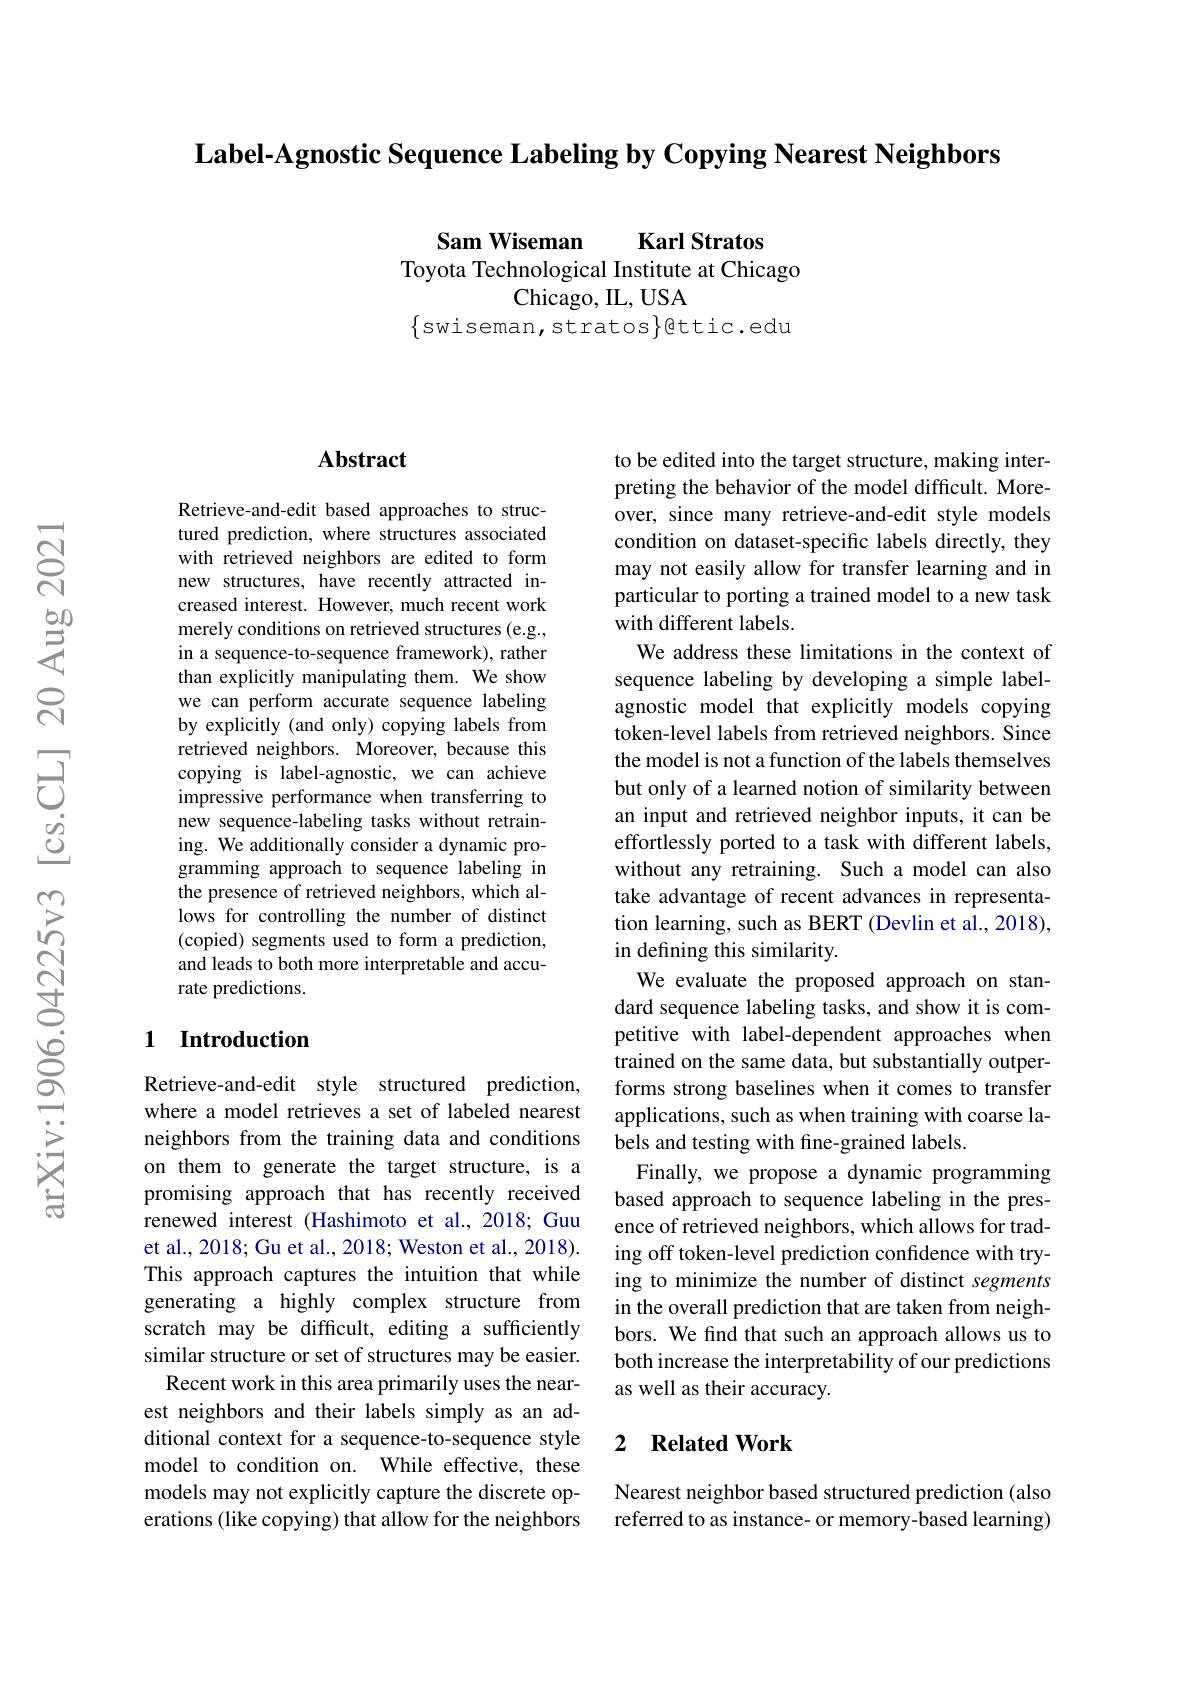
$\textbf{Label- Agnostic Sequence Labeling by Copying Nearest Neighbors}$

Sam Wiseman
Karl Stratos
Toyota Technological Institute at Chicago
Chicago, IL, USA
$\{$swiseman,stratos$\}$@ttic.edu

### $\mathbf{Abstract}$

Retrieve-and-edit based approaches to structured prediction, where structures associated with retrieved neighbors are edited to form new structures, have recently attracted increased interest. However, much recent work merely conditions on retrieved structures (e.g., in a sequence-to-sequence framework), rather than explicitly manipulating them. We show we can perform accurate sequence labeling by explicitly (and only) copying labels from retrieved neighbors. Moreover, because this copying is label-agnostic, we can achieve impressive performance when transferring to new sequence-labeling tasks without retraining. We additionally consider a dynamic programming approach to sequence labeling in the presence of retrieved neighbors, which allows for controlling the number of distinct (copied) segments used to form a prediction, and leads to both more interpretable and accurate predictions.

## 1 Introduction

Retrieve-and-edit style structured prediction, where a model retrieves a set of labeled nearest neighbors from the training data and conditions on them to generate the target structure, is a promising approach that has recently received renewed interest (Hashimoto et al.,2018; Guu et al., 2018; Gu et al., 2018; Weston et al., 2018). This approach captures the intuition that while generating a highly complex structure from scratch may be difficult, editing a sufficiently similar structure or set of structures may be easier. Recent work in this area primarily uses the near-
est neighbors and their labels simply as an additional context for a sequence-to-sequence style model to condition on. While effective, these models may not explicitly capture the discrete operations (like copying) that allow for the neighbors

to be edited into the target structure, making interpreting the behavior of the model difficult. Moreover, since many retrieve-and-edit style models condition on dataset-specific labels directly, they may not easily allow for transfer learning and in particular to porting a trained model to a new task with different labels
We address these limitations in the context of sequence labeling by developing a simple labelagnostic model that explicitly models copying token-level labels from retrieved neighbors. Since the model is not a function of the labels themselves but only of a learned notion of similarity between an input and retrieved neighbor inputs, it can be effortlessly ported to a task with different labels, without any retraining. Such a model can also take advantage of recent advances in representation learning, such as BERT (Devlin et al., 2018), in defining this similarity.
We evaluate the proposed approach on standard sequence labeling tasks, and show it is competitive with label-dependent approaches when trained on the same data, but substantially outperforms strong baselines when it comes to transfer applications, such as when training with coarse labels and testing with fine-grained labels.
Finally, we propose a dynamic programming based approach to sequence labeling in the presence of retrieved neighbors, which allows for trading off token-level prediction confidence with trying to minimize the number of distinct segments in the overall prediction that are taken from neighbors. We find that such an approach allows us to both increase the interpretability of our predictions as well as their accuracy.

### 2 $\textbf{Related Work}$

Nearest neighbor based structured prediction (also referred to as instance- or memory-based learning)